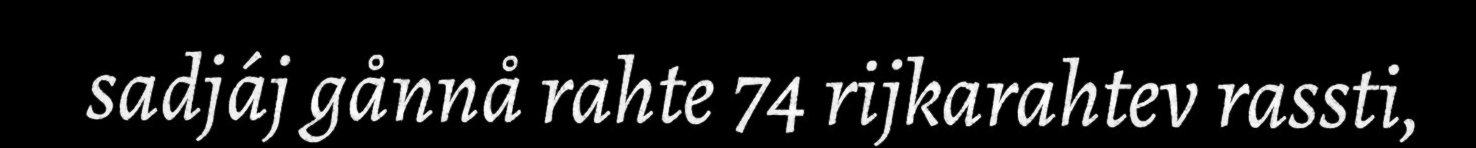
sadjáj gånnå rahte 74 rijkarahtev rassti,